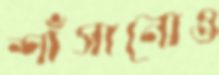
শাঁসানোও